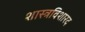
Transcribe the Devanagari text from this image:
शास्त्रविशारद